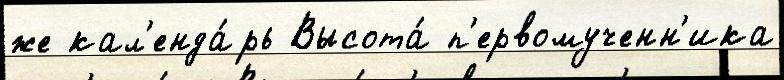
же кал'енда́рь Высота́ п'ервомученн'ика